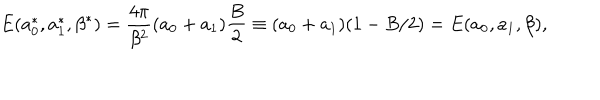
E ( a _ { 0 } ^ { * } , a _ { 1 } ^ { * } , \beta ^ { * } ) = \frac { 4 \pi } { \beta ^ { 2 } } ( a _ { 0 } + a _ { 1 } ) \frac { B } { 2 } \equiv ( a _ { 0 } + a _ { 1 } ) ( 1 - B / 2 ) = E ( a _ { 0 } , a _ { 1 } , \beta ) ,